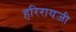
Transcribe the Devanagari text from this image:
हरिरायजी